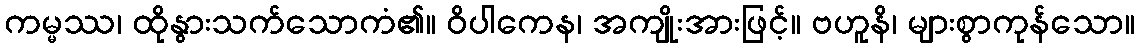
ကမ္မဿ၊ ထိုနွားသက်သောကံ၏။ ဝိပါကေန၊ အကျိုးအားဖြင့်။ ဗဟူနိ၊ များစွာကုန်သော။